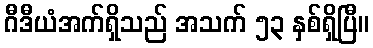
ဂီဒီယံအက်ရှိသည် အသက် ၅၃ နှစ်ရှိပြီ။